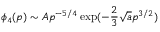
\phi _ { 4 } ( p ) \sim A p ^ { - 5 / 4 } \exp ( - \frac 2 3 \sqrt a p ^ { 3 / 2 } )